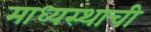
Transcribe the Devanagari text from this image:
माध्यस्थाची